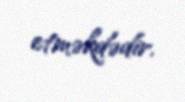
etməkdədir.